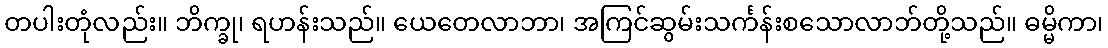
တပါးတုံလည်း။ ဘိက္ခု၊ ရဟန်းသည်။ ယေတေလာဘာ၊ အကြင်ဆွမ်းသင်္ကန်းစသောလာဘ်တို့သည်။ ဓမ္မိကာ၊